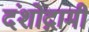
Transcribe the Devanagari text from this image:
दंशोद्गामी